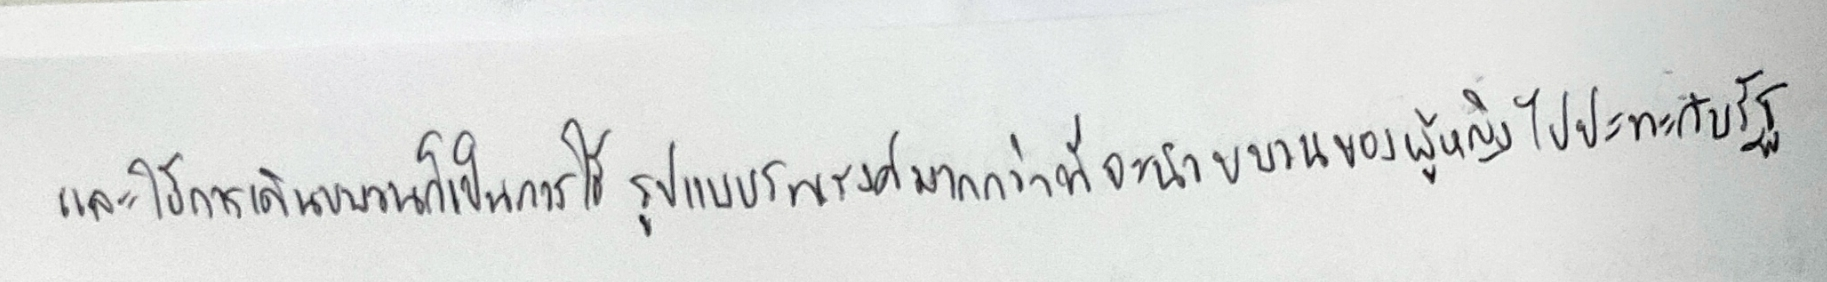
และใช้การเดินขบวนก็เป็นการใช้รูปแบบรณรงค์มากกว่าที่จะนำขบวนของผู้หญิงไปปะทะกับรัฐ